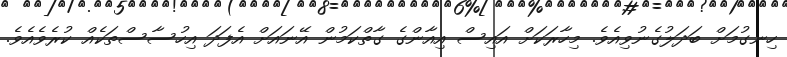
ހިނގުމަށް ބަދަލުގެނުވިއެވެ. މިހާރަކަށް އައިސް އިއާންގެ ގާތްކަމުން އޭނައަށް އެފަދަ އިހުސާސްތަކެއް ކުރެވެއެވެ.